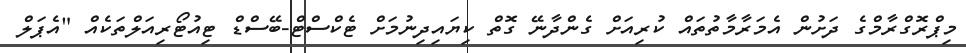
މިޕްރޮގްރާމްގެ ދަށުން އެމަރާމާތުތައް ކުރިއަށް ގެންދާނޭ ގޮތް ކިޔައިދިނުމަށް ޓެކްސްޓް-ބޭސްޑް ޓިއުޓޯރިއަލްތަކެއް "އެޕަލް